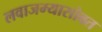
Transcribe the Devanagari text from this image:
लवाजम्यासोबत